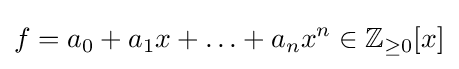
f=a_{0}+a_{1}x+\ldots +a_{n}x^{n}\in \mathbb {Z} _{\geq 0}[x]